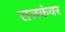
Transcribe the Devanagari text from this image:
राजकंवर